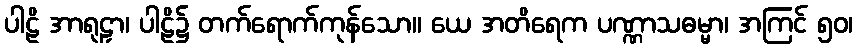
ပါဠိ အာရုဠှာ၊ ပါဠိ၌ တက်ရောက်ကုန်သော။ ယေ အတိရေက ပဏ္ဏာသဓမ္မာ၊ အကြင် ၅၀၊